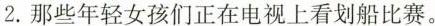
2.那些年轻女孩们正在电视上看划船比赛。